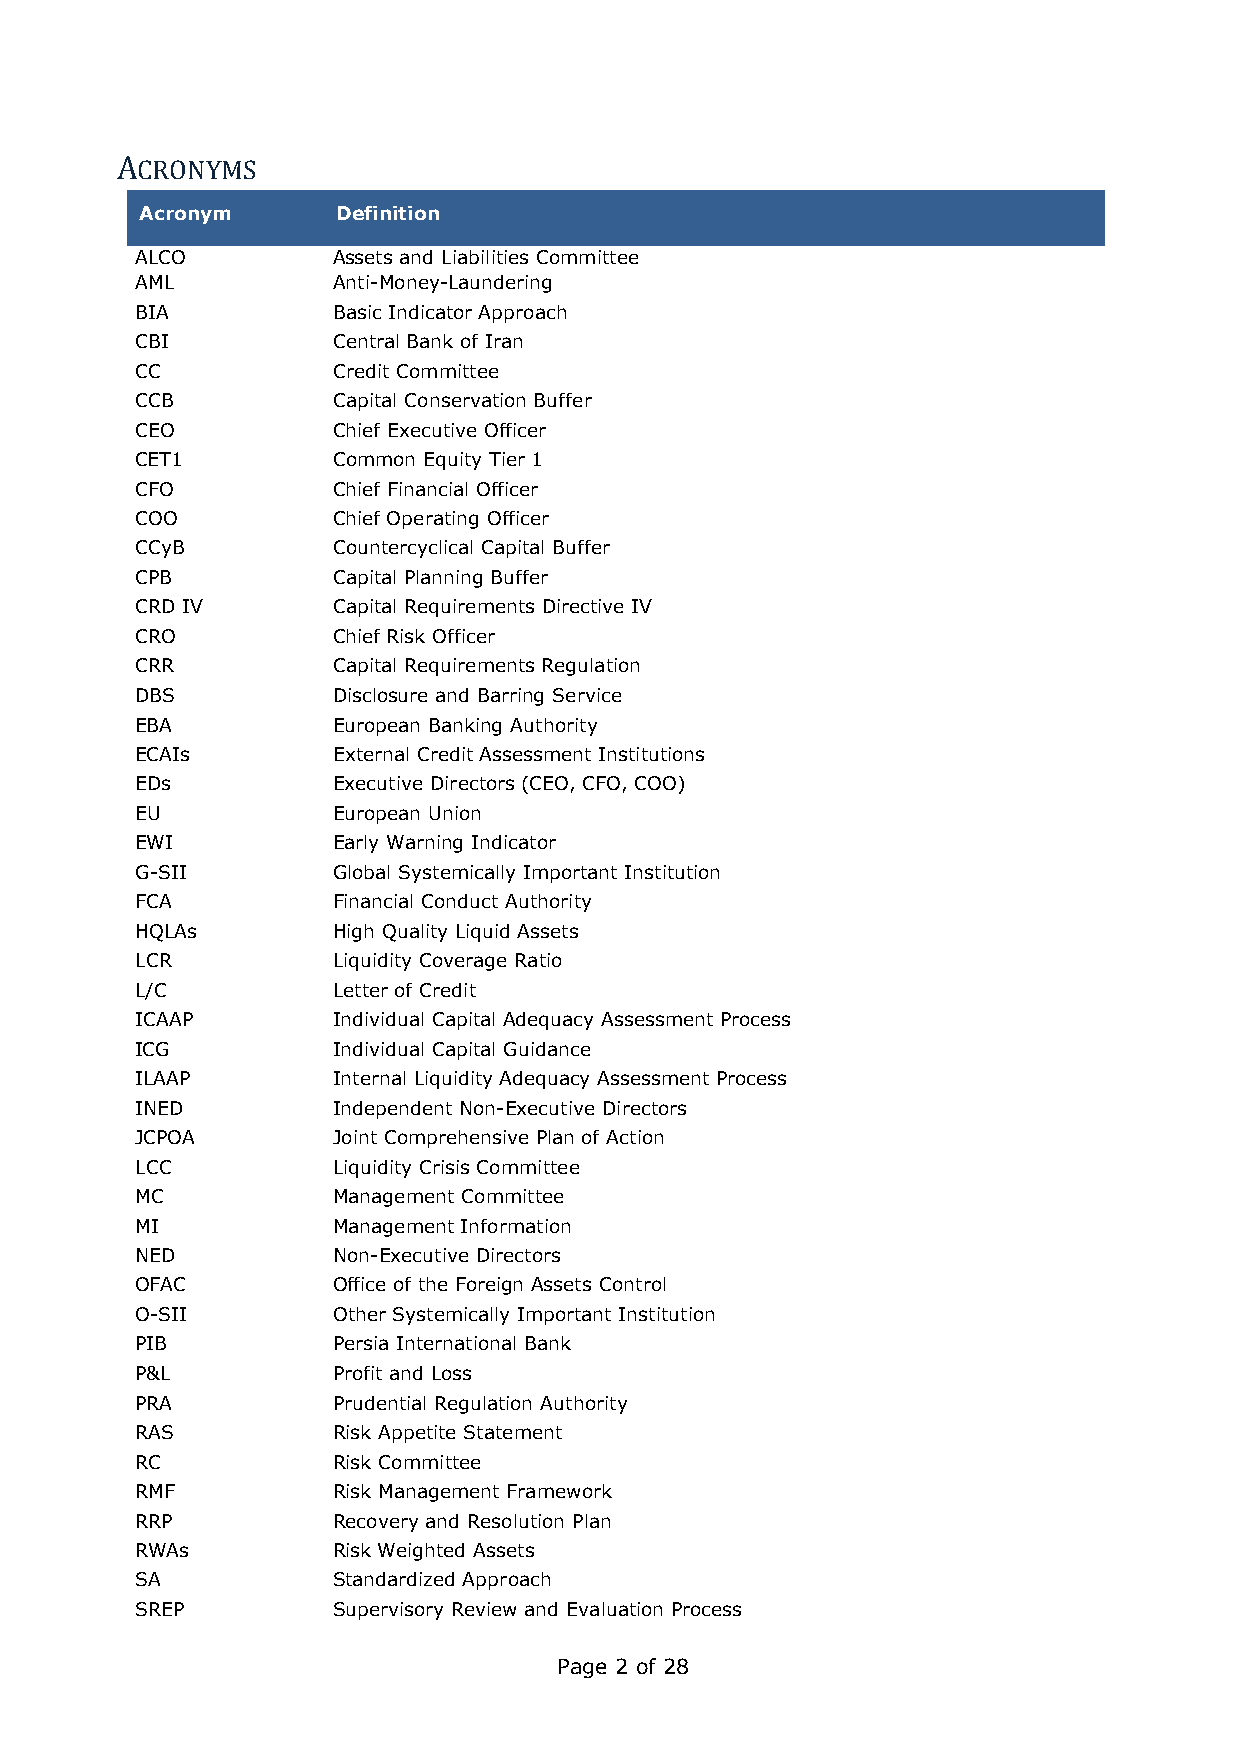
ACRONYMS
 Acronym      Definition
 ALCO         Assets and Liabilities Committee
 AML          Anti-Money-Laundering
 BIA          Basic Indicator Approach
 CBI          Central Bank of Iran
 CC           Credit Committee
 CCB          Capital Conservation Buffer
 CEO          Chief Executive Officer
 CET1         Common Equity Tier 1
 CFO          Chief Financial Officer
 COO          Chief Operating Officer
 CCyB         Countercyclical Capital Buffer
 CPB          Capital Planning Buffer
 CRD IV       Capital Requirements Directive IV
 CRO          Chief Risk Officer
 CRR          Capital Requirements Regulation
 DBS          Disclosure and Barring Service
 EBA          European Banking Authority
 ECAIs        External Credit Assessment Institutions
 EDs          Executive Directors (CEO, CFO, COO)
 EU           European Union
 EWI          Early Warning Indicator
 G-SII        Global Systemically Important Institution
 FCA          Financial Conduct Authority
 HQLAs        High Quality Liquid Assets
 LCR          Liquidity Coverage Ratio
 L/C          Letter of Credit
 ICAAP        Individual Capital Adequacy Assessment Process
 ICG          Individual Capital Guidance
 ILAAP        Internal Liquidity Adequacy Assessment Process
 INED         Independent Non-Executive Directors
 JCPOA        Joint Comprehensive Plan of Action
 LCC          Liquidity Crisis Committee
 MC           Management Committee
 MI           Management Information
 NED          Non-Executive Directors
 OFAC         Office of the Foreign Assets Control
 O-SII        Other Systemically Important Institution
 PIB          Persia International Bank
 P&L          Profit and Loss
 PRA          Prudential Regulation Authority
 RAS          Risk Appetite Statement
 RC           Risk Committee
 RMF          Risk Management Framework
 RRP          Recovery and Resolution Plan
 RWAs         Risk Weighted Assets
 SA           Standardized Approach
 SREP         Supervisory Review and Evaluation Process
 Page 2 of 28